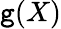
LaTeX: \mathtt{g}(X)